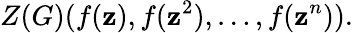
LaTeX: Z(G)(f(\mathbf{z}),f(\mathbf{z}^{2}),\ldots,f(\mathbf{z}^{n})).